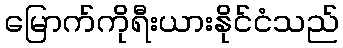
မြောက်ကိုရီးယားနိုင်ငံသည်